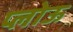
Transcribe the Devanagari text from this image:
प्लोऊ